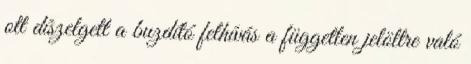
ott díszelgett a buzdító felhívás a független jelöltre való